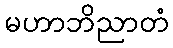
မဟာဘိညာတံ